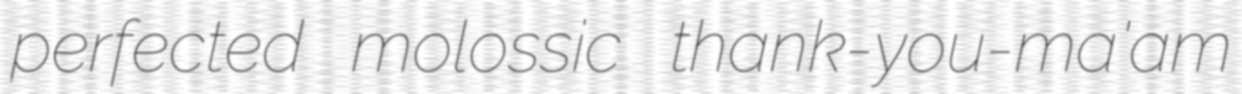
perfected molossic thank-you-ma'am